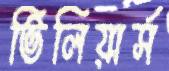
ভিলিয়ার্স